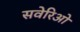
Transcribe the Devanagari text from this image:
सवेरिओ